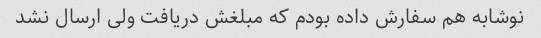
نوشابه هم سفارش داده بودم که مبلغش دریافت ولی ارسال نشد